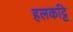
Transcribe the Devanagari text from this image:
हलकट्टि